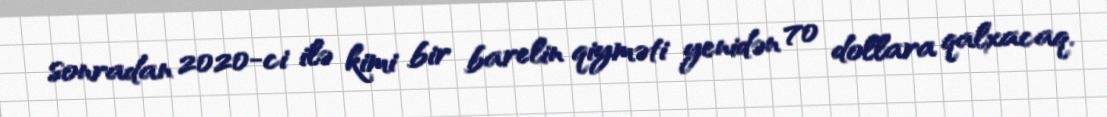
sonradan 2020-ci ilə kimi bir barelin qiyməti yenidən 70 dollara qalxacaq.